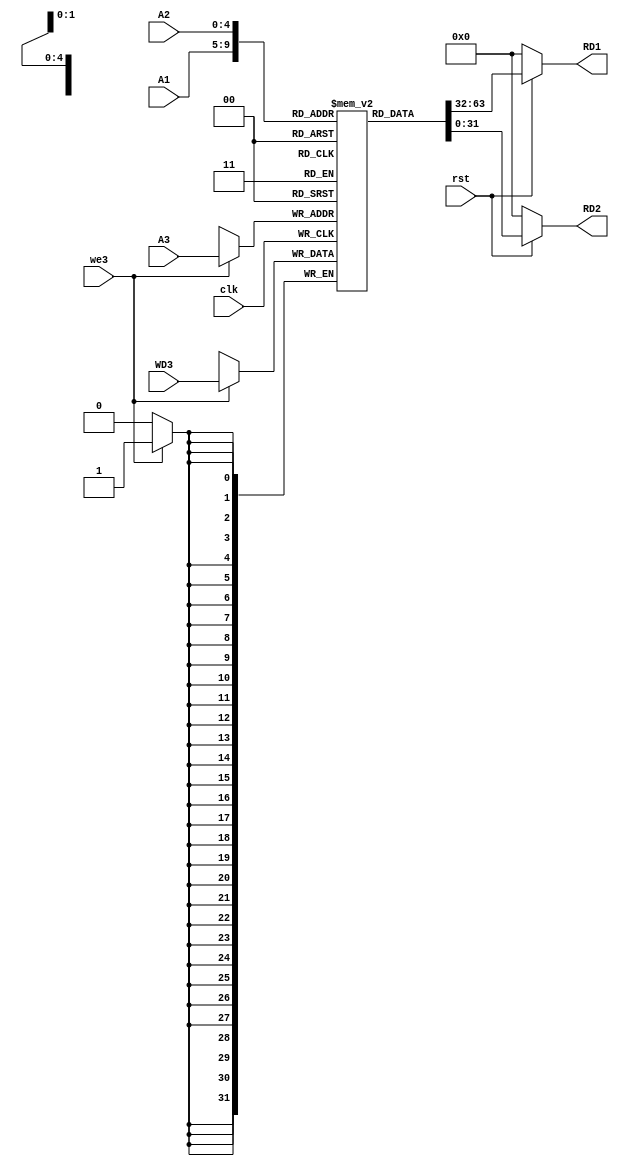
`timescale 1ns / 1ps
//////////////////////////////////////////////////////////////////////////////////
// Company: 
// Engineer: 
// 
// Design Name: 
// Module Name: regFile
// Project Name: 
// Target Devices: 
// Tool Versions: 
// Description: 
// 
// Dependencies: 
// 
// Revision:
// Revision 0.01 - File Created
// Additional Comments:
// 
//////////////////////////////////////////////////////////////////////////////////
module regFile(
    input wire clk, we3, rst,
    input wire [4:0] A1, A2, A3,
    input wire [31:0] WD3,
    output [31:0] RD1, RD2
    );
  
    reg [31:0] registers [31:0];
  
    assign RD1 = (~rst) ? 32'h00000000 : registers[A1];
    assign RD2 = (~rst) ? 32'h00000000 : registers[A2];
    
    always @(posedge clk)
        begin
            if (we3)
            begin
            registers[A3] = WD3;
            end
        end
  
  initial begin
        registers[4] = 32'd14;//32'h00000005;
        registers[5] = 32'h00000006;
        registers[6] = 32'd10;//32'h00000004;
        registers[9] = 32'h00000020;
        
    end

endmodule